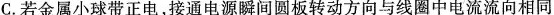
C.若金属小球带正电，接通电源瞬间圆板转动方向与线圈中电流流向相同